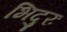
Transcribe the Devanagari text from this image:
भिदुरः